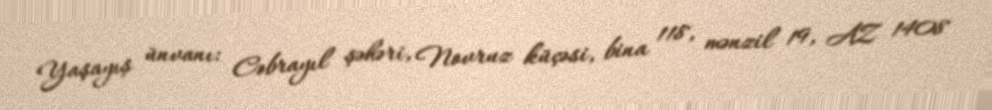
Yaşayış ünvanı: Cəbrayıl şəhəri, Novruz küçəsi, bina 118, mənzil 19, AZ 1408